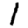
Digit: 1